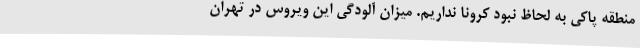
منطقه پاکی به لحاظ نبود کرونا نداریم. میزان آلودگی این ویروس در تهران